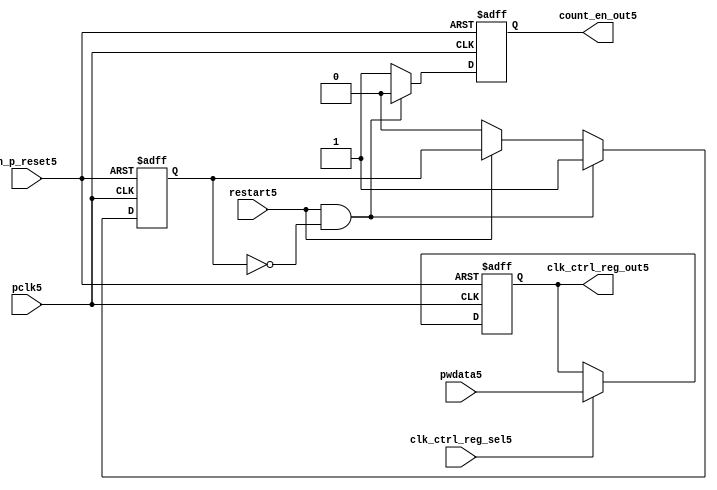
//File5 name   : ttc_count_rst_lite5.v
//Title5       : 
//Created5     : 1999
//Description5 : TTC5 counter reset block
//Notes5       : 
//----------------------------------------------------------------------
//   Copyright5 1999-2010 Cadence5 Design5 Systems5, Inc5.
//   All Rights5 Reserved5 Worldwide5
//
//   Licensed5 under the Apache5 License5, Version5 2.0 (the
//   "License5"); you may not use this file except5 in
//   compliance5 with the License5.  You may obtain5 a copy of
//   the License5 at
//
//       http5://www5.apache5.org5/licenses5/LICENSE5-2.0
//
//   Unless5 required5 by applicable5 law5 or agreed5 to in
//   writing, software5 distributed5 under the License5 is
//   distributed5 on an "AS5 IS5" BASIS5, WITHOUT5 WARRANTIES5 OR5
//   CONDITIONS5 OF5 ANY5 KIND5, either5 express5 or implied5.  See
//   the License5 for the specific5 language5 governing5
//   permissions5 and limitations5 under the License5.
//----------------------------------------------------------------------

module ttc_count_rst_lite5(

  //inputs5
  n_p_reset5,                             
  pclk5, 
  pwdata5,                                                           
  clk_ctrl_reg_sel5,
  restart5,        

  //outputs5
  count_en_out5,
  clk_ctrl_reg_out5

  );


//-----------------------------------------------------------------------------
// PORT DECLARATIONS5
//-----------------------------------------------------------------------------

   // inputs5
   input n_p_reset5;                 // Reset5 signal5
   input pclk5;                    // APB5 System5 clock5
   input [6:0] pwdata5;           // 7-Bit5 pwdata5 from APB5 interface
   input clk_ctrl_reg_sel5;        // Select5 for the clk_ctrl_reg5
   input restart5;                 // Restart5 reset from cntr_ctrl_reg5

   // outputs5
   output count_en_out5;
   output [6:0] clk_ctrl_reg_out5; // Controls5 clock5 selected


//-----------------------------------------------------------------------------
// Internal Signals5 & Registers5
//-----------------------------------------------------------------------------


   
   reg [6:0]    clk_ctrl_reg5;     //7-bit clock5 control5 register.
   
   reg          restart_var5;      //ensures5 prescaler5 reset at start of restart5 
   
   reg          count_en5;         //enable signal5 to counter

   
   wire [6:0]   clk_ctrl_reg_out5; //clock5 control5 output wire
   wire         count_en_out5;     //counter enable output
   
   
//-----------------------------------------------------------------------------
// Logic5 Section5:


//
//    p_clk_ctrl5: Process5 to implement the clk_ctrl_reg5.  
//                When5 select5 line is set then5 the data will be inserted5 to 
//                the clock5 control5 register, otherwise5 it will be equal5 to 
//                the previous value of the register, else it will be zero.
//-----------------------------------------------------------------------------

   assign clk_ctrl_reg_out5  = clk_ctrl_reg5;
   assign count_en_out5      = count_en5;


//    p_ps_counter5: counter for clock5 enable generation5.
   
   always @(posedge pclk5 or negedge n_p_reset5)
   begin: p_ps_counter5
      
      if (!n_p_reset5)
      begin
         restart_var5  <= 1'b0;
         count_en5     <= 1'b0;
      end
      else
      begin
         if (restart5 & ~restart_var5)
         begin
            restart_var5  <= 1'b1;
            count_en5     <= 1'b0;
         end 
         
         else 
           begin
              
              if (~restart5)
                 restart_var5 <= 1'b0;
              else
                 restart_var5 <= restart_var5;
                 
              count_en5     <= 1'b1;        
              
           end
      end // else: !if(!n_p_reset5)      
  
   end  //p_ps_counter5



// p_clk_ctrl5 : Process5 for writing to the clk_ctrl_reg5
   
   always @ (posedge pclk5 or negedge n_p_reset5)
   begin: p_clk_ctrl5
      
      if (!n_p_reset5)
         clk_ctrl_reg5 <= 7'h00;
      else
      begin 

         if (clk_ctrl_reg_sel5)
            clk_ctrl_reg5 <= pwdata5;
         else
            clk_ctrl_reg5 <= clk_ctrl_reg5;

      end 
      
   end  //p_clk_ctrl5

   
endmodule